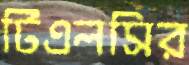
টিএলসির